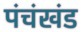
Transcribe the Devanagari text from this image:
पंचंखंड